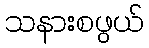
သနားစဖွယ်